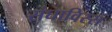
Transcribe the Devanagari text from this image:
संघाविस्सं